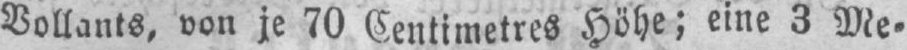
Vollants, von je 70 Centimetres Höhe; eine 3 Me⸗